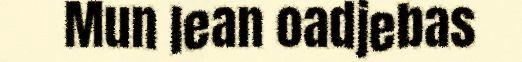
Mun lean oadjebas